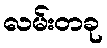
လမ်းတခု